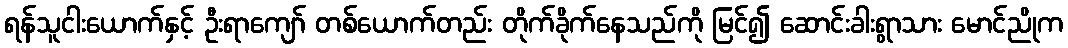
ရန်သူငါးယောက်နှင့် ဦးရာကျော် တစ်ယောက်တည်း တိုက်ခိုက်နေသည်ကို မြင်၍ ဆောင်းခါးရွာသား မောင်ညိုက